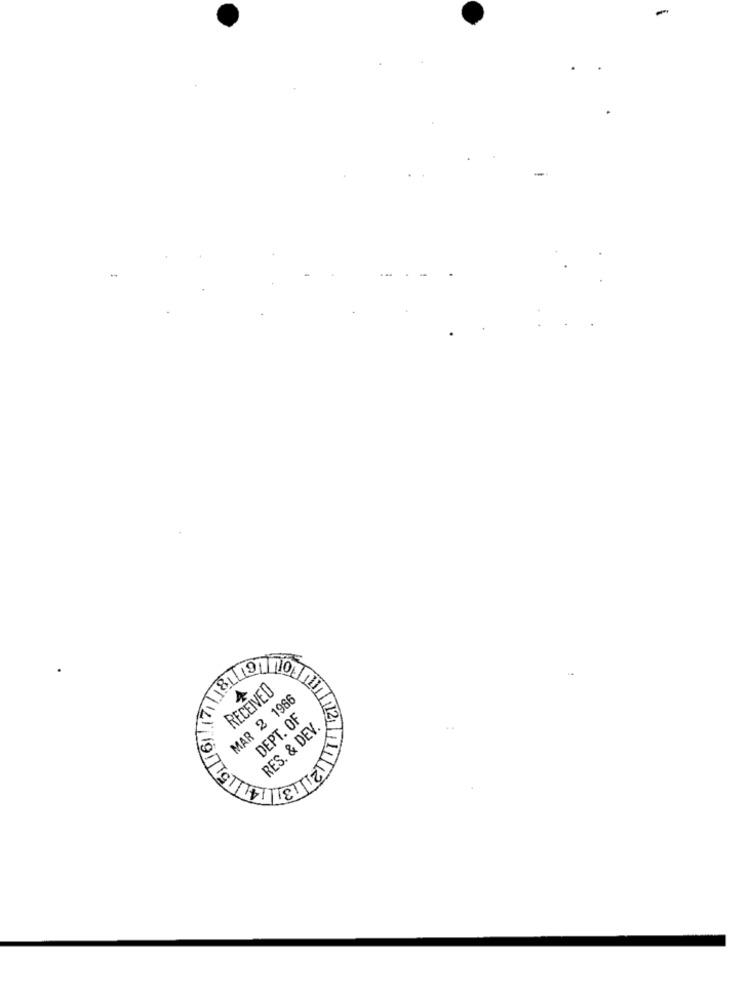
19
18L
RECEIVED
MAR 2 1986
DEPT. OF
RES. & DEV.
..